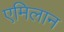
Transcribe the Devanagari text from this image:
एमिलान